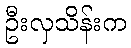
ဦးလှသိန်းက